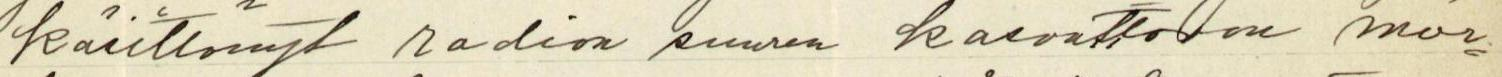
käsittänyt radion suuren kasvattavan mer-